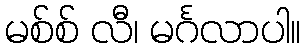
မစ်စ် လီ၊ မင်္ဂလာပါ။